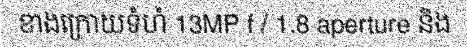
ខាងក្រោយទំហំ 13MP f / 1.8 aperture និង